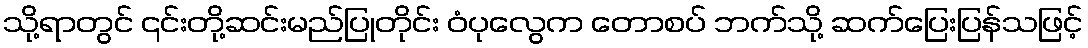
သို့ရာတွင် ၎င်းတို့ဆင်းမည်ပြုတိုင်း ဝံပုလွေက တောစပ် ဘက်သို့ ဆက်ပြေးပြန်သဖြင့်